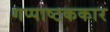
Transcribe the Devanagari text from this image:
गप्पाष्टककार